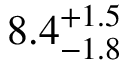
8 . 4 _ { - 1 . 8 } ^ { + 1 . 5 }